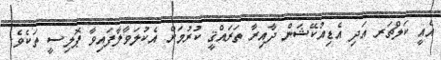
އެއީ ކަލްޗަރ އަދި އެޑިއުކޭޝަން ދާއިރާ ތަރައްޤީ ކުރުމަށް އެކުލަވާލާފައިވާ ޕޮލިސީ ތަކެވެ.